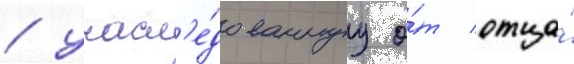
/ унасл'е́дованнуу о́т отца́